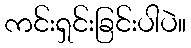
ကင်းရှင်းခြင်းပါပဲ။